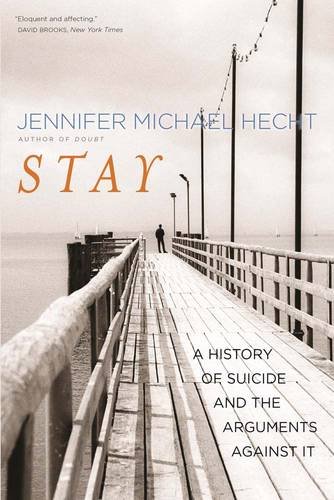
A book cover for Stay: A History of Suicide and the Arguments Against It; Jennifer Michael Hecht; Self-Help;